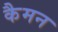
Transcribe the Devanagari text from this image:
कैमन